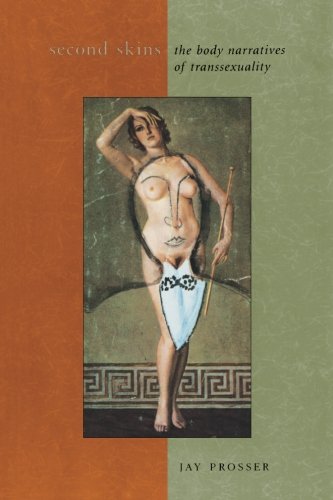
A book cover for Second Skins; Jay Prosser; Gay & Lesbian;